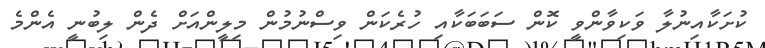
ކުށަކާއިނުލާ ވަކިވާންވީ ކޮން ސަބަބަކާއި ހުރެކަން ވިސްނުމުން މިލީންއަށް ދެން ލިބުނީ އެންމެ